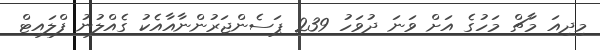
މިދިއަ މާޗް މަހުގެ އަށް ވަނަ ދުވަހު 239 ޕަސެންޖަރުންނާއާއެކު ގެއްލުނު ފްލައިޓް